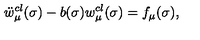
\ddot { w } _ { \mu } ^ { c l } ( \sigma ) - b ( \sigma ) { w } _ { \mu } ^ { c l } ( \sigma ) = f _ { \mu } ( \sigma ) ,